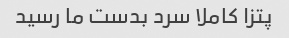
پتزا کاملا سرد بدست ما رسید